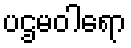
ပဌမဝါရော